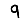
Digit: 9